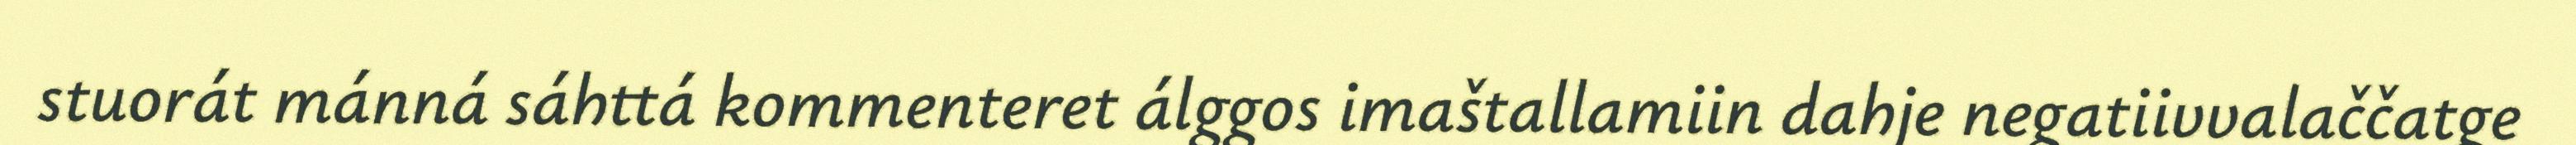
stuorát mánná sáhttá kommenteret álggos imaštallamiin dahje negatiivvalaččatge